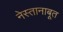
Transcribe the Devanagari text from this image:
नेस्तानाबूत